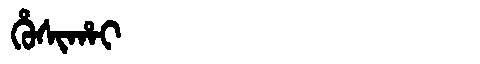
Manchu: ᡥᡠᠰᡳᡥᠠᡳ
Romanization: HUSIHAI